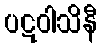
ပဋဝါသိနီ